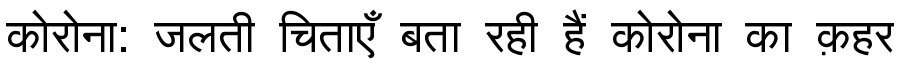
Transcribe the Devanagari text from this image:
कोरोना: जलती चिताएँ बता रही हैं कोरोना का क़हर